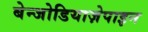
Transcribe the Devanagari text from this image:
बेन्जोडियाज़ेपाइन